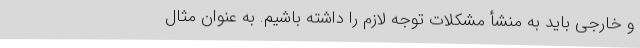
و خارجی باید به منشأ مشکلات توجه لازم را داشته ‌باشیم. به عنوان مثال